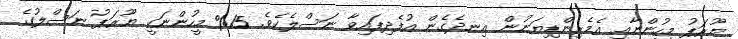
ޔޫރަޕު މީހުންނާއި އެމެރިންޑިޔަނުން އިނދެގެން އުފެދިފައިވާ ނަސްލެކެވެ. 15% މީހުންނަކީ ޔޫރަޕު ނަސްލުގެ